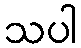
သပါ